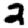
Digit: 2